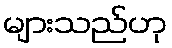
များသည်ဟု